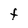
Character: F